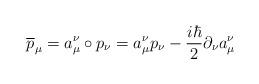
LaTeX: \begin{align*}\overline{p}_{\mu}=a^{\nu}_{\mu}\circ p_{\nu}= a^{\nu}_{\mu}p_{\nu}-\frac{i\hbar}{2}\partial _{\nu} a^{\nu}_{\mu} \end{align*}